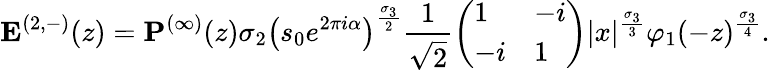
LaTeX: \mathbf{E}^{(2,-)}(z)=\mathbf{P}^{(\infty)}(z)\sigma_{2}\left(s_{0}e^{2\pi i\alpha}\right)^{\frac{\sigma_{3}}{2}}\frac{1}{\sqrt{2}}\left(\begin{array}{ll}{1}&{-i}\\ {-i}&{1}\end{array}\right)|x|^{\frac{\sigma_{3}}{3}}\varphi_{1}(-z)^{\frac{\sigma_{3}}{4}}.